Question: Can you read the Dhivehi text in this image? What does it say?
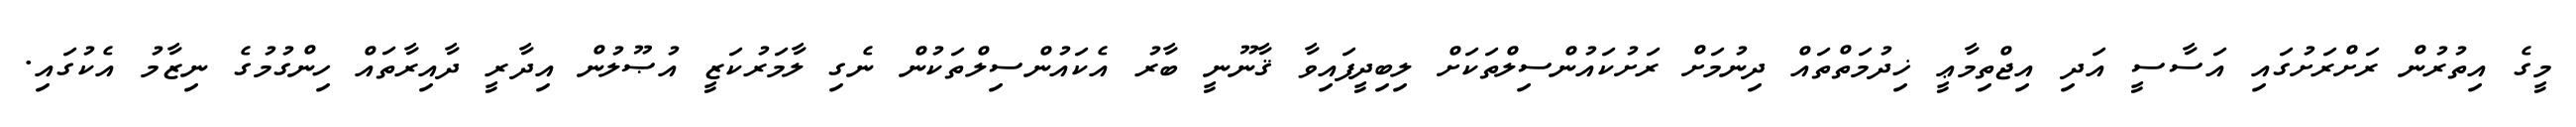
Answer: މީގެ އިތުރުން ރަށްރަށުގައި އަސާސީ އަދި އިޖްތިމާޢީ ޚިދުމަތްތައް ދިނުމަށް ރަށުކައުންސިލްތަކަށް ލިބިދީފައިވާ ޤާނޫނީ ބާރު އެކައުންސިލްތަކުން ނެގި ލާމަރުކަޒީ އުޞޫލުން އިދާރީ ދާއިރާތައް ހިންގުމުގެ ނިޒާމު އެކުގައި.